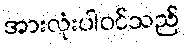
အားလုံးပါဝင်သည်